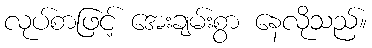
လုပ်စာဖြင့် အေးချမ်းစွာ နေလိုသည်။